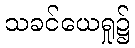
သခင်ယေရှု၌